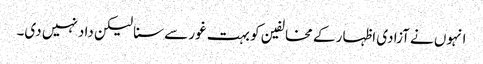
انہوں نے آزادی اظہار کے مخالفین کو بہت غور سے سنا لیکن داد نہیں دی۔